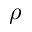
\rho